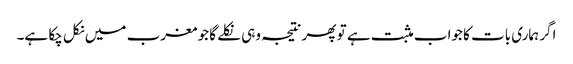
اگر ہماری بات کا جواب مثبت ہے تو پھر نتیجہ وہی نکلے گا جو مغرب میں نکل چکا ہے۔